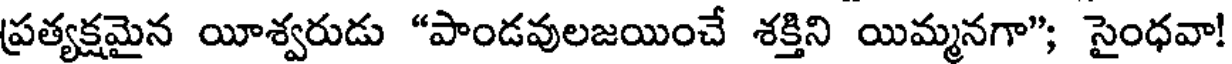
ప్రత్యక్షమైన యీశ్వరుడు "పాండవులజయించే శక్తిని యిమ్మనగా"; సైంధవా!